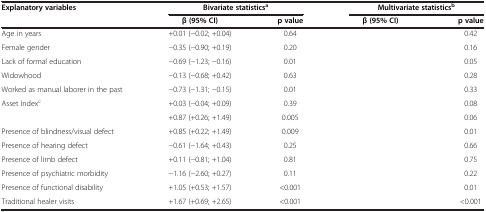
<table><thead><tr><td><b>Explanatory variables</b></td><td colspan="2"><b>Bivariate statistics<sup>a</sup></b></td><td colspan="2"><b>Multivariate statistics<sup>b</sup></b></td></tr><tr><td>[EMPTY_CELL]</td><td><b>β (95% CI)</b></td><td><b>p value</b></td><td><b>β (95% CI)</b></td><td><b>p value</b></td></tr></thead><tbody><tr><td>Age in years</td><td>+0.01 (−0.02; +0.04)</td><td>0.64</td><td>[EMPTY_CELL]</td><td>0.42</td></tr><tr><td>Female gender</td><td>−0.35 (−0.90; +0.19)</td><td>0.20</td><td>[EMPTY_CELL]</td><td>0.16</td></tr><tr><td>Lack of formal education</td><td>−0.69 (−1.23; −0.16)</td><td>0.01</td><td>[EMPTY_CELL]</td><td>0.05</td></tr><tr><td>Widowhood</td><td>−0.13 (−0.68; +0.42)</td><td>0.63</td><td>[EMPTY_CELL]</td><td>0.28</td></tr><tr><td>Worked as manual laborer in the past</td><td>−0.73 (−1.31; −0.15)</td><td>0.01</td><td>[EMPTY_CELL]</td><td>0.33</td></tr><tr><td>Asset Index<sup>c</sup></td><td>+0.03 (−0.04; +0.09)</td><td>0.39</td><td>[EMPTY_CELL]</td><td>0.08</td></tr><tr><td>[EMPTY_CELL]</td><td>+0.87 (+0.26; +1.49)</td><td>0.005</td><td>[EMPTY_CELL]</td><td>0.06</td></tr><tr><td>Presence of blindness/visual defect</td><td>+0.85 (+0.22; +1.49)</td><td>0.009</td><td>[EMPTY_CELL]</td><td>0.01</td></tr><tr><td>Presence of hearing defect</td><td>−0.61 (−1.64; +0.43)</td><td>0.25</td><td>[EMPTY_CELL]</td><td>0.66</td></tr><tr><td>Presence of limb defect</td><td>+0.11 (−0.81; +1.04)</td><td>0.81</td><td>[EMPTY_CELL]</td><td>0.75</td></tr><tr><td>Presence of psychiatric morbidity</td><td>−1.16 (−2.60; +0.27)</td><td>0.11</td><td>[EMPTY_CELL]</td><td>0.22</td></tr><tr><td>Presence of functional disability</td><td>+1.05 (+0.53; +1.57)</td><td>&lt;0.001</td><td>[EMPTY_CELL]</td><td>0.01</td></tr><tr><td>Traditional healer visits</td><td>+1.67 (+0.69; +2.65)</td><td>&lt;0.001</td><td>[EMPTY_CELL]</td><td>&lt;0.001</td></tr></tbody></table>